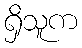
ရှိသူက